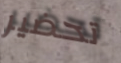
تحضير